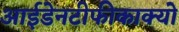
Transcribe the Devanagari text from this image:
आईडेनटीफीकाक्यो